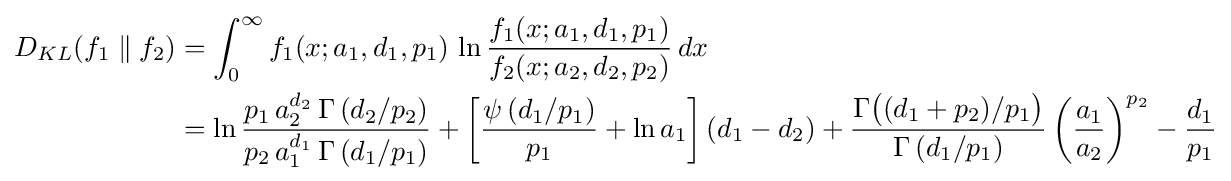
{\begin{aligned}D_{KL}(f_{1}\parallel f_{2})&=\int _{0}^{\infty }f_{1}(x;a_{1},d_{1},p_{1})\,\ln {\frac {f_{1}(x;a_{1},d_{1},p_{1})}{f_{2}(x;a_{2},d_{2},p_{2})}}\,dx\\&=\ln {\frac {p_{1}\,a_{2}^{d_{2}}\,\Gamma \left(d_{2}/p_{2}\right)}{p_{2}\,a_{1}^{d_{1}}\,\Gamma \left(d_{1}/p_{1}\right)}}+\left[{\frac {\psi \left(d_{1}/p_{1}\right)}{p_{1}}}+\ln a_{1}\right](d_{1}-d_{2})+{\frac {\Gamma {\bigl (}(d_{1}+p_{2})/p_{1}{\bigr )}}{\Gamma \left(d_{1}/p_{1}\right)}}\left({\frac {a_{1}}{a_{2}}}\right)^{p_{2}}-{\frac {d_{1}}{p_{1}}}\end{aligned}}